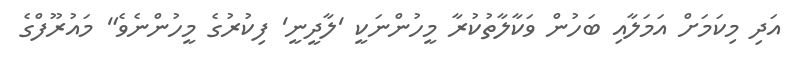
އަދި މިކަމަށް އަމަލާއި ބަހުން ވަކާލާތުކުރާ މީހުންނަކީ 'ލާދީނީ' ފިކުރުގެ މީހުންނެވެ" މައުރޫފްގެ